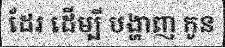
ដែរ ដើម្បី បង្ហាញ កូន